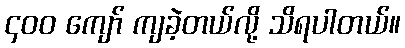
၄၀၀ ကျော် ကျခဲ့တယ်လို့ သိရပါတယ်။